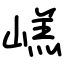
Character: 㟱